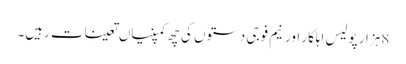
8 ہزار پولیس اہلکار اور نیم فوجی دستوں کی چھ کمپنیاں تعینات رہیں۔